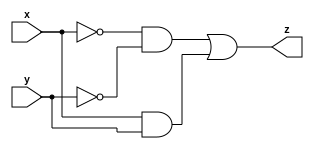
module comparator(
input x,
input y,
output z
);
assign z = (~x & ~y)|(x & y);
endmodule

`timescale 1ns/1ps
module stimulus;
reg x;
reg y;
wire z;
comparator uut (
.x(x),
.y(y),
.z(z)
);

initial begin
$dumpfile("test.vcd");
$dumpvars(0, stimulus);
x=0;
y=0;

#20 x = 1;
#20 y = 1;
#20 x = 0;
#20 x = 1;
#40;

end 
initial begin
$monitor("t=%3d x=%d, y=%d, z=%d \n",$time, x, y, z);
end
endmodule